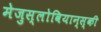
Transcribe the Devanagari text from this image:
मेजुस्लोवियान्स्की